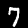
Digit: 7